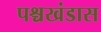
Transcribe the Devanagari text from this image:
पश्चखंडास